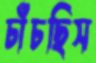
চাঁচছিস